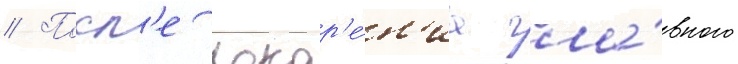
// Посл'е покор'е́н'иа гла́вного